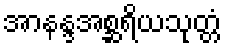
အာနန္ဒအစ္ဆရိယသုတ္တံ